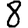
Digit: 8